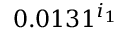
0 . 0 1 3 1 ^ { i _ { 1 } }